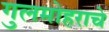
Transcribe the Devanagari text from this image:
गुलमोहराचे